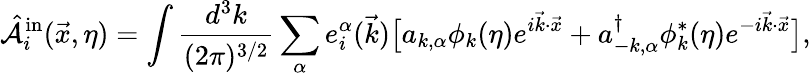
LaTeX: \hat{{\cal A}}_{i}^{\mathrm{in}}(\vec{x},\eta)=\int\frac{d^{3}k}{(2\pi)^{3/2}}\sum_{\alpha}e_{i}^{\alpha}(\vec{k})\bigl[a_{k,\alpha}\phi_{k}(\eta)e^{i\vec{k}\cdot\vec{x}}+a_{-k,\alpha}^{\dagger}\phi_{k}^{\ast}(\eta)e^{-i\vec{k}\cdot\vec{x}}\bigr],